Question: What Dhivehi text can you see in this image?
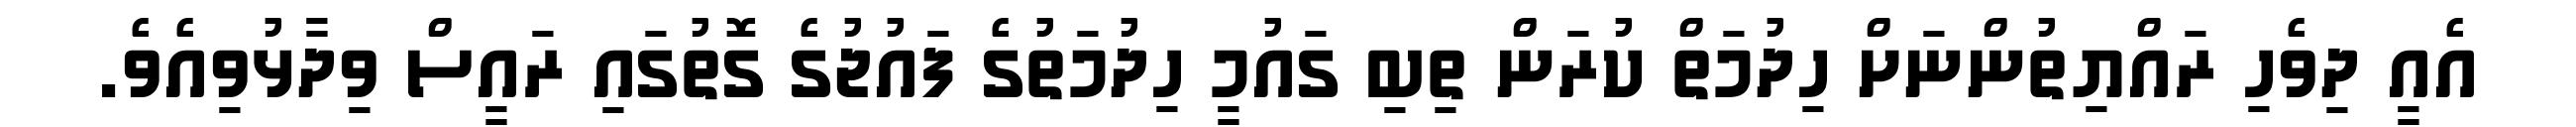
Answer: އެއީ ދިވެހި ރައްޔިތުންނަށް ހިދުމަތް ކުރަން ތިބި ގައުމީ ހިދުމަތުގެ ފައުޖުގެ ގޮތުގައި ރައީސް ވިދާޅުވިއެވެ.